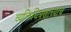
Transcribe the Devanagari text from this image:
व्यक्तिचित्रणाच्याच